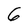
Character: 6